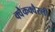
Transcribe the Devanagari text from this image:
क्वैकक्वैरली